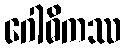
ဂေါဓိကဿ